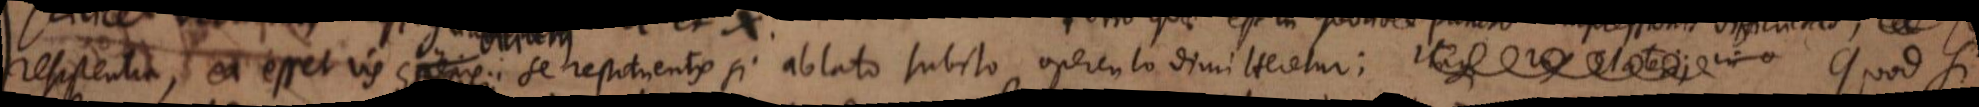
resistentia, ea esset vis aeris, se restituentis si ablato subito operculo dimitteretur; itaque res Elaterii in o. Quod si